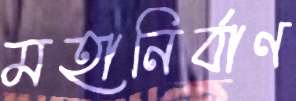
মহানির্বাণ